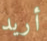
أريد